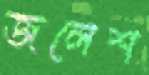
জলেশ